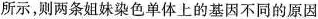
所示，则两条姐妹染色单体上的基因不同的原因是_。